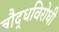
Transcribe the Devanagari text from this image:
बौद्धविरोधी